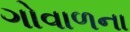
ગોવાળના